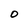
Character: O